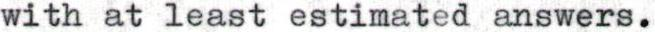
with at least estimated answers.